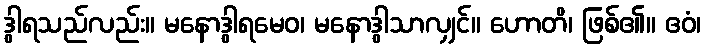
ဒွါရသည်လည်း။ မနောဒွါရမေဝ၊ မနောဒွါသာလျှင်။ ဟောတိ၊ ဖြစ်၏။ ဧဝံ၊